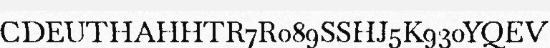
CDEUTHAHHTR7R089SSHJ5K930YQEV